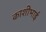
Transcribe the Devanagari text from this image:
काशीभाई